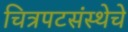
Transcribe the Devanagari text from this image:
चित्रपटसंस्थेचे